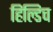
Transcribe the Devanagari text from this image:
हिल्डिच